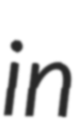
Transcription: in